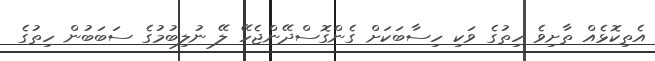
އެތިކޮޅެއް ތާށިވެ ހިތުގެ ވަކި ހިސާބަކަށް ގެންގޮސްދޭންޖެހޭ ލޭ ނުލިބުމުގެ ސަބަބުން ހިތުގެ